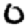
Digit: 0